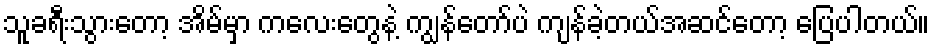
သူခရီးသွားတော့ အိမ်မှာ ကလေးတွေနဲ့ ကျွန်တော်ပဲ ကျန်ခဲ့တယ်အဆင်တော့ ပြေပါတယ်။